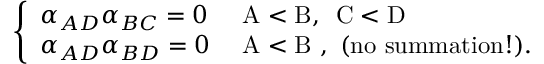
\left\{ \begin{array} { l l } { { \alpha _ { A D } \alpha _ { B C } = 0 } } & { { \mathrm { ~ A < B , \, ~ C < D ~ } } } \\ { { \alpha _ { A D } \alpha _ { B D } = 0 } } & { { \mathrm { ~ A < B ~ , ~ ( n o ~ s u m m a t i o n ! ) . } } } \end{array} \right.